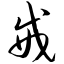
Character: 戒